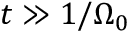
t \gg 1 / \Omega _ { 0 }